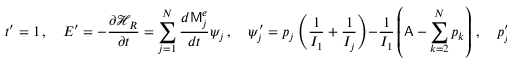
t ^ { \prime } = 1 \, , \quad E ^ { \prime } = - \frac { \partial \mathcal { H } _ { R } } { \partial t } = \sum _ { j = 1 } ^ { N } \frac { d \mathsf { M } _ { j } ^ { e } } { d t } \psi _ { j } \, , \quad \psi _ { j } ^ { \prime } = p _ { j } \left( \frac { 1 } { I _ { 1 } } + \frac { 1 } { I _ { j } } \right) - \frac { 1 } { I _ { 1 } } \left( \mathsf { A } - \sum _ { k = 2 } ^ { N } p _ { k } \right) \, , \quad p _ { j } ^ { \prime } = \frac { \partial \hat { \Pi } } { \partial \psi _ { j } } - \mathsf { M } _ { j } ^ { e } ( t ) \, .